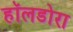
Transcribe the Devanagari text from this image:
हॉलडोरा